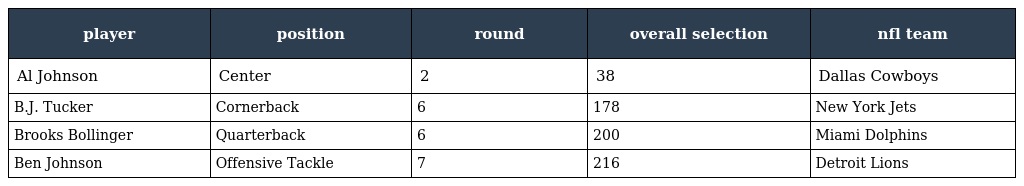
| player | position | round | overall selection | nfl team |
 | --- | --- | --- | --- | --- |
 | Al Johnson | Center | 2 | 38 | Dallas Cowboys |
 | B.J. Tucker | Cornerback | 6 | 178 | New York Jets |
 | Brooks Bollinger | Quarterback | 6 | 200 | Miami Dolphins |
 | Ben Johnson | Offensive Tackle | 7 | 216 | Detroit Lions |